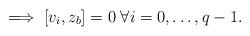
LaTeX: \begin{align*} \implies [v_i,z_b] =0 \; \forall i=0,\dots,q-1. \end{align*}